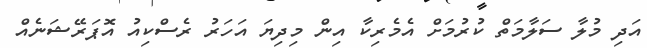
އަދި މުލާ ސަލާމަތް ކުރުމަށް އެމެރިކާ އިން މިދިޔަ އަހަރު ރެސްކިއު އޮޕަރޭޝަނެއް